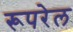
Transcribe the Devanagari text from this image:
रूपरेल